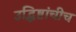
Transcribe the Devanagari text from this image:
उद्धिष्टांचीच